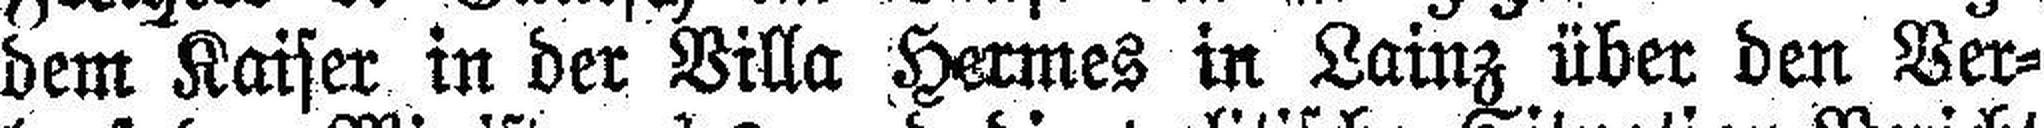
dem Kaiser in der Villa Hermes in Lainz über den Ver¬